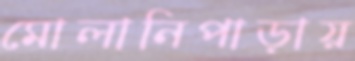
মোলানিপাড়ায়